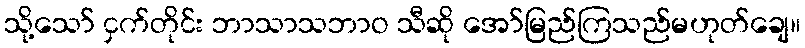
သို့သော် ငှက်တိုင်း ဘာသာသဘာဝ သီဆို အော်မြည်ကြသည်မဟုတ်ချေ။